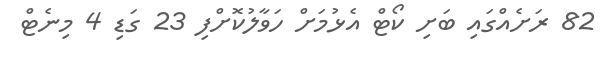
82 ރަށެއްގައި ބަށި ކޯޓް އެޅުމަށް ހަވާލުކޮށްފި 23 ގަޑި 4 މިނެޓް